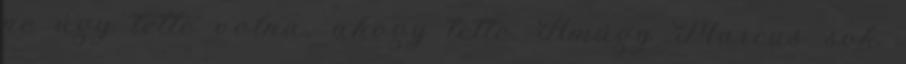
ne úgy tette volna, ahogy tette. Amúgy Marcus sok